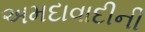
અમદાવાદીની